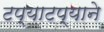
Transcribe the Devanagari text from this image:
टप्याटप्याने